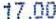
17.00